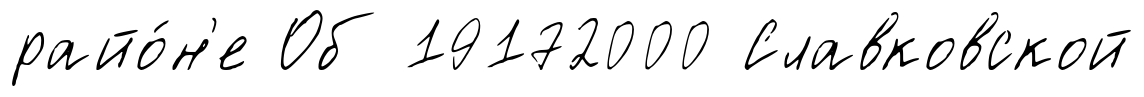
райо́н'е Об 19172000 Славковской